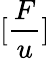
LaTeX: [\frac{F}{u}]